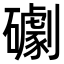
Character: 𥗌